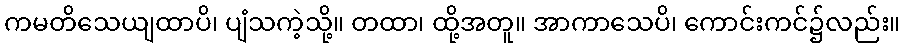
ကမတိသေယျထာပိ၊ ပျံသကဲ့သို့။ တထာ၊ ထို့အတူ။ အာကာသေပိ၊ ကောင်းကင်၌လည်း။